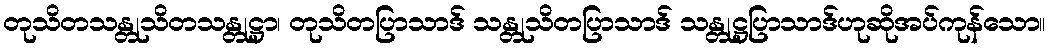
တုသိတသန္တုသိတသန္တုဋ္ဌာ၊ တုသိတပြာသာဒ် သန္တုသိတပြာသာဒ် သန္တုဋ္ဌပြာသာဒ်ဟုဆိုအပ်ကုန်သော။